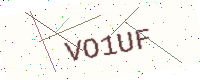
Text: VO1UF